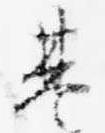
基